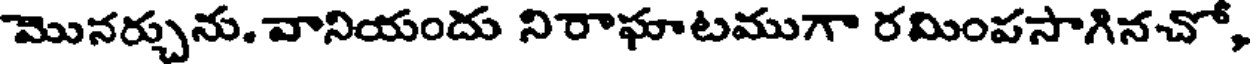
మొనర్చును. వానియందు నిరాఘాటముగా రమింపసాగినచో,